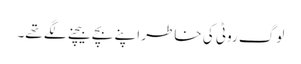
لوگ روٹی کی خاطر اپنے بچے بیچنے لگے تھے۔